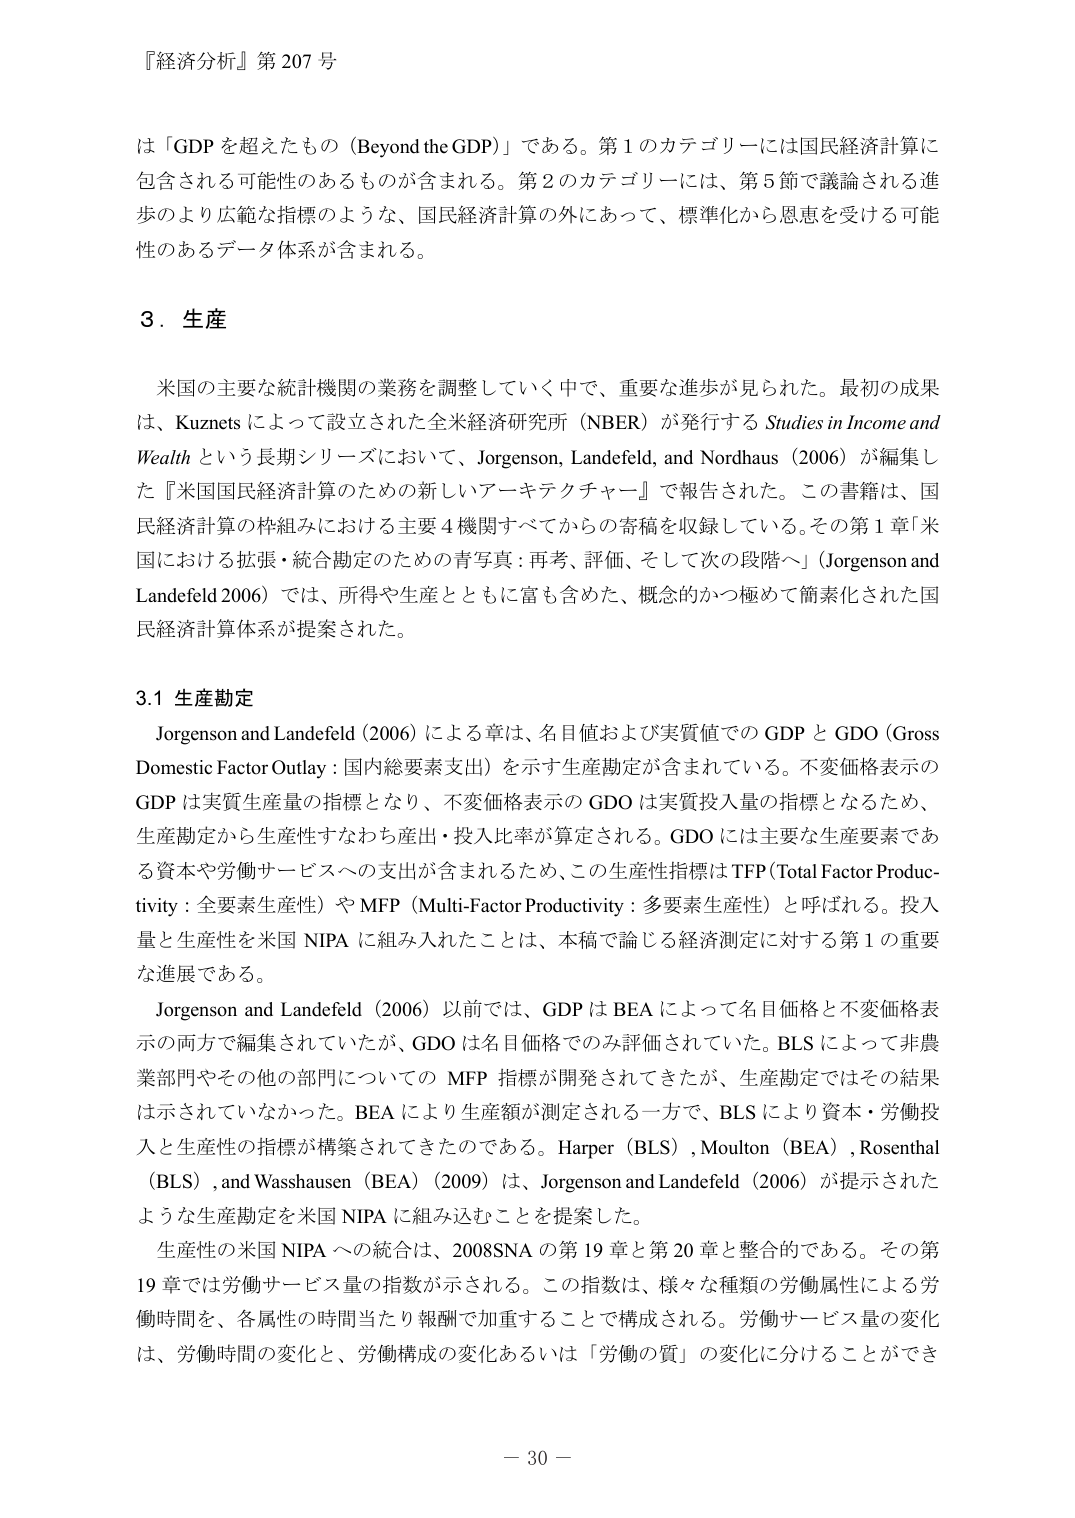
『経済分析』第 207 号

は「GDP を超えたもの（Beyond the GDP）」である。第 1 のカテゴリーには国民経済計算に
包含される可能性のあるものが含まれる。第 2 のカテゴリーには、第 5 節で議論される進
歩のより広範な指標のような、国民経済計算の外にあって、標準化から恩恵を受ける可能
性のあるデータ体系が含まれる。

3．生産

米国の主要な統計機関の業務を調整していく中で、重要な進歩が見られた。最初の成果
は、Kuznets によって設立された全米経済研究所（NBER）が発行する Studies in Income and
Wealth という長期シリーズにおいて、Jorgenson, Landefeld, and Nordhaus（2006）が編集し
た『米国国民経済計算のための新しいアーキテクチャー』で報告された。この書籍は、国
民経済計算の枠組みにおける主要 4 機関すべてからの寄稿を収録している。その第 1 章「米
国における拡張・統合勘定のための青写真：再考、評価、そして次の段階へ」（Jorgenson and
Landefeld 2006）では、所得や生産とともに富も含めた、概念的かつ極めて簡素化された国
民経済計算体系が提案された。

3.1 生産勘定

Jorgenson and Landefeld（2006）による章は、名目値および実質値での GDP と GDO（Gross
Domestic Factor Outlay：国内総要素支出）を示す生産勘定が含まれている。不変価格表示の
GDP は実質生産量の指標となり、不変価格表示の GDO は実質投入量の指標となるため、
生産勘定から生産性すなわち産出・投入比率が算定される。GDO には主要な生産要素であ
る資本や労働サービスへの支出が含まれるため、この生産指標は TFP（Total Factor Productivity：全要素生産性）や MFP（Multi-Factor Productivity：多要素生産性）と呼ばれる。投入
量と生産性を米国 NIPA に組み入れたことは、本稿で論じる経済測定に対する第 1 の重要
な進展である。

Jorgenson and Landefeld（2006）以前では、GDP は BEA によって名目価格と不変価格表
示の両方で編集されていたが、GDO は名目価格でのみ評価されていた。BLS によって非農
業部門やその他の部門についての MFP 指標が開発されてきたが、生産勘定ではその結果
は示されていなかった。BEA により生産額が測定される一方で、BLS により資本・労働投
入と生産性の指標が構築されてきたのである。Harper（BLS）, Moulton（BEA）, Rosenthal
（BLS）, and Wasshausen（BEA）（2009）は、Jorgenson and Landefeld（2006）が提示された
ような生産勘定を米国 NIPA に組み込むことを提案した。

生産性の米国 NIPA への統合は、2008SNA の第 19 章と第 20 章と整合的である。その第
19 章では労働サービス量の指数が示される。この指数は、様々な種類の労働属性による労
働時間を、各属性の時間当たり報酬で加重することで構成される。労働サービス量の変化
は、労働時間の変化と、労働構成の変化あるいは「労働の質」の変化に分けることができ

－ 30 －